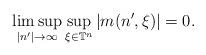
LaTeX: \begin{align*} \limsup_{|n'|\rightarrow\infty}\sup_{\xi\in\mathbb{T}^n}|m(n',\xi)|=0. \end{align*}